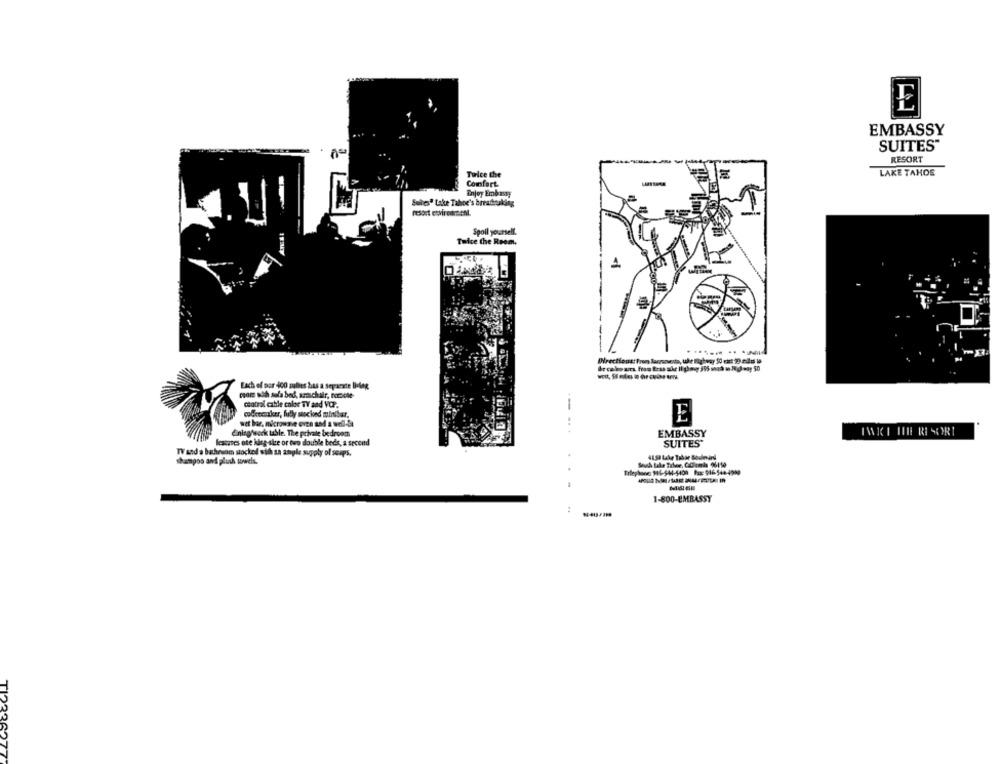
E
EMBASSY
SUITES"
RESORT
Torice the
LAKE TAHOE
Comfort
Enjoy Embassy
Settesª Lake Tahoe's breathtaking
resort environment.
Spoil yourself.
Twice the Room.
4
----- ..
Each of por 400 sulles has a separate Ihideg
core och sofa bed, armchair, romole-
ceatrai cable color TY and VOP.
-
cubeeeniker, fully stocked minibar,
E
wet bar, microwave oven and a well-de
Ening/werk table. The private bedroom
EMBASSY
fcssanes ote king ske or two double beds, a second
SUITES'
TV and a bathroom stocked sth sa ample supply of seaps.
shampoo and plush towels.
1-800-EMBASSY
: